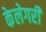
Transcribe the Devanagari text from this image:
केलेगरी